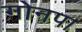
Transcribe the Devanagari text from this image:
गोनपा